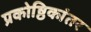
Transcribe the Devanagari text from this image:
प्रकोष्ठिकांतर